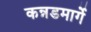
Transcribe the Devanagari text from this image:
कन्नडमार्गे